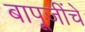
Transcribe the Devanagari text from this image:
बापूजींचे